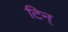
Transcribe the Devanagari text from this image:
टिन्